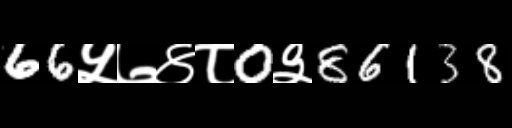
Text: 66५७४८0३86138